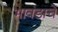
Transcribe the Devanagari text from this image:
भावंडाचे